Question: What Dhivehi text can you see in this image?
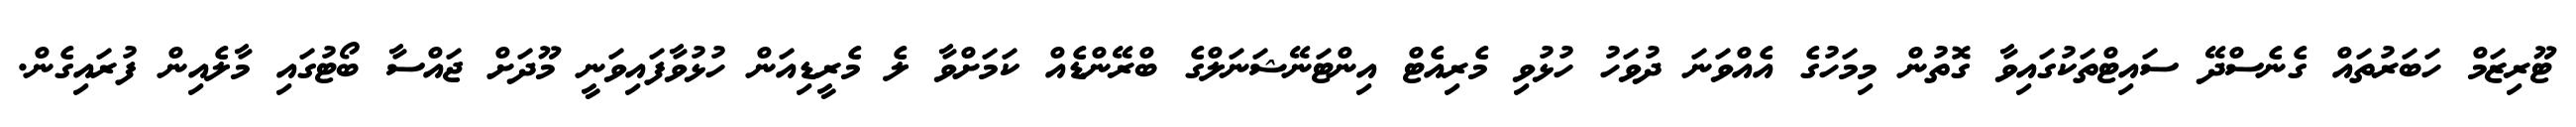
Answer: ޓޫރިޒަމް ހަބަރުތައް ގެނެސްދޭ ސައިޓްތަކުގައިވާ ގޮތުން މިމަހުގެ އެއްވަނަ ދުވަހު ހުޅުވި މެރިއެޓް އިންޓަނޭޝަނަލްގެ ބްރޭންޑެއް ކަމަށްވާ ލެ މެރީޑިއަން ހުޅުވާފައިވަނީ މޫދަށް ޖައްސާ ބޯޓުގައި މާލެއިން ފުރައިގެން.